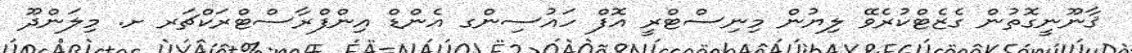
ޤާނޫނީގޮތުން ގެޒެޓްކުރެވޭ ލިޔުން މިނިސްޓްރީ އޮފް ހައުސިންގ އެންޑް އިންފްރާސްޓްރަކްޗަރ ށ. މިލަންދޫ